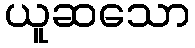
ယူဆသော